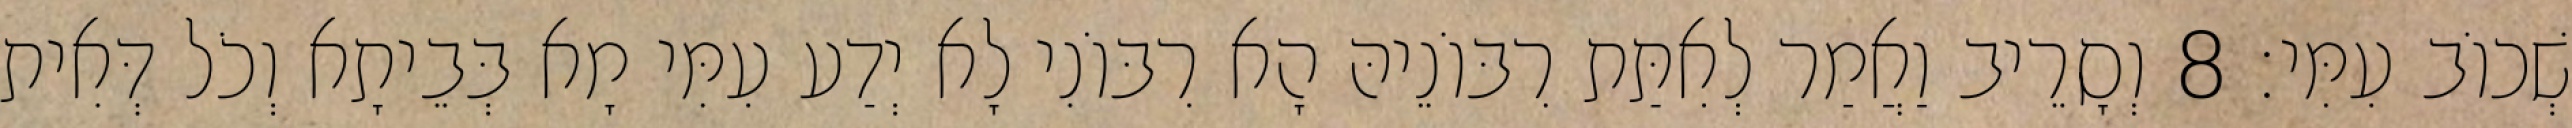
שְׁכוֹב עִמִּי׃ 8 וְסָרֵיב וַאֲמַר לְאִתַּת רִבּוֹנֵיהּ הָא רִבּוֹנִי לָא יְדַע עִמִּי מָא בְּבֵיתָא וְכֹל דְּאִית